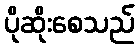
ပိုဆိုးစေသည်